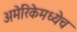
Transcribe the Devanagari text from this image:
अमेरिकेमध्येच